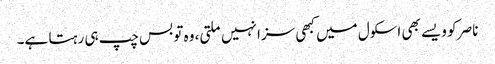
ناصر کو ویسے بھی اسکول میں کبھی سزا نہیں ملتی، وہ تو بس چپ ہی رہتا ہے۔